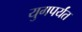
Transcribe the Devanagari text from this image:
युगपर्यंत